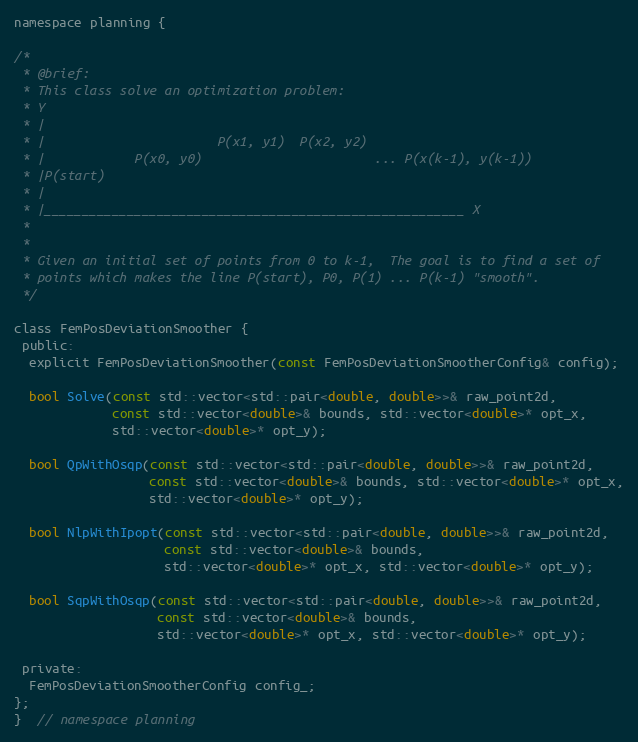
Language: C
namespace planning {

/*
 * @brief:
 * This class solve an optimization problem:
 * Y
 * |
 * |                       P(x1, y1)  P(x2, y2)
 * |            P(x0, y0)                       ... P(x(k-1), y(k-1))
 * |P(start)
 * |
 * |________________________________________________________ X
 *
 *
 * Given an initial set of points from 0 to k-1,  The goal is to find a set of
 * points which makes the line P(start), P0, P(1) ... P(k-1) "smooth".
 */

class FemPosDeviationSmoother {
 public:
  explicit FemPosDeviationSmoother(const FemPosDeviationSmootherConfig& config);

  bool Solve(const std::vector<std::pair<double, double>>& raw_point2d,
             const std::vector<double>& bounds, std::vector<double>* opt_x,
             std::vector<double>* opt_y);

  bool QpWithOsqp(const std::vector<std::pair<double, double>>& raw_point2d,
                  const std::vector<double>& bounds, std::vector<double>* opt_x,
                  std::vector<double>* opt_y);

  bool NlpWithIpopt(const std::vector<std::pair<double, double>>& raw_point2d,
                    const std::vector<double>& bounds,
                    std::vector<double>* opt_x, std::vector<double>* opt_y);

  bool SqpWithOsqp(const std::vector<std::pair<double, double>>& raw_point2d,
                   const std::vector<double>& bounds,
                   std::vector<double>* opt_x, std::vector<double>* opt_y);

 private:
  FemPosDeviationSmootherConfig config_;
};
}  // namespace planning